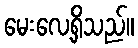
မေးလေ့ရှိသည်။